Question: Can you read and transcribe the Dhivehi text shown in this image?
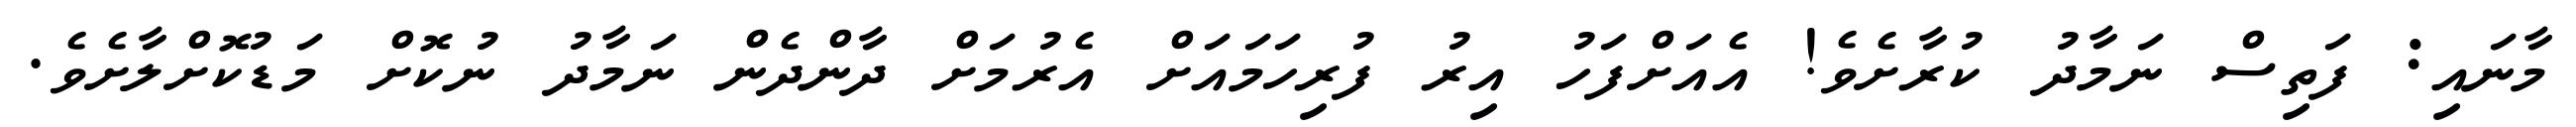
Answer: މާނައި: ފަތިސް ނަމާދު ކުރާށެވެ! އެއަށްފަހު އިރު ފުރިހަމައަށް އެރުމަށް ދާންދެން ނަމާދު ނުކޮށް މަޑުކޮށްލާށެވެ.